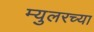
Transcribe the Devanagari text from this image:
म्युलरच्या